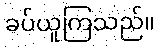
ခပ်ယူကြသည်။